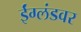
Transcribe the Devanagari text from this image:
ईंग्लंडवर